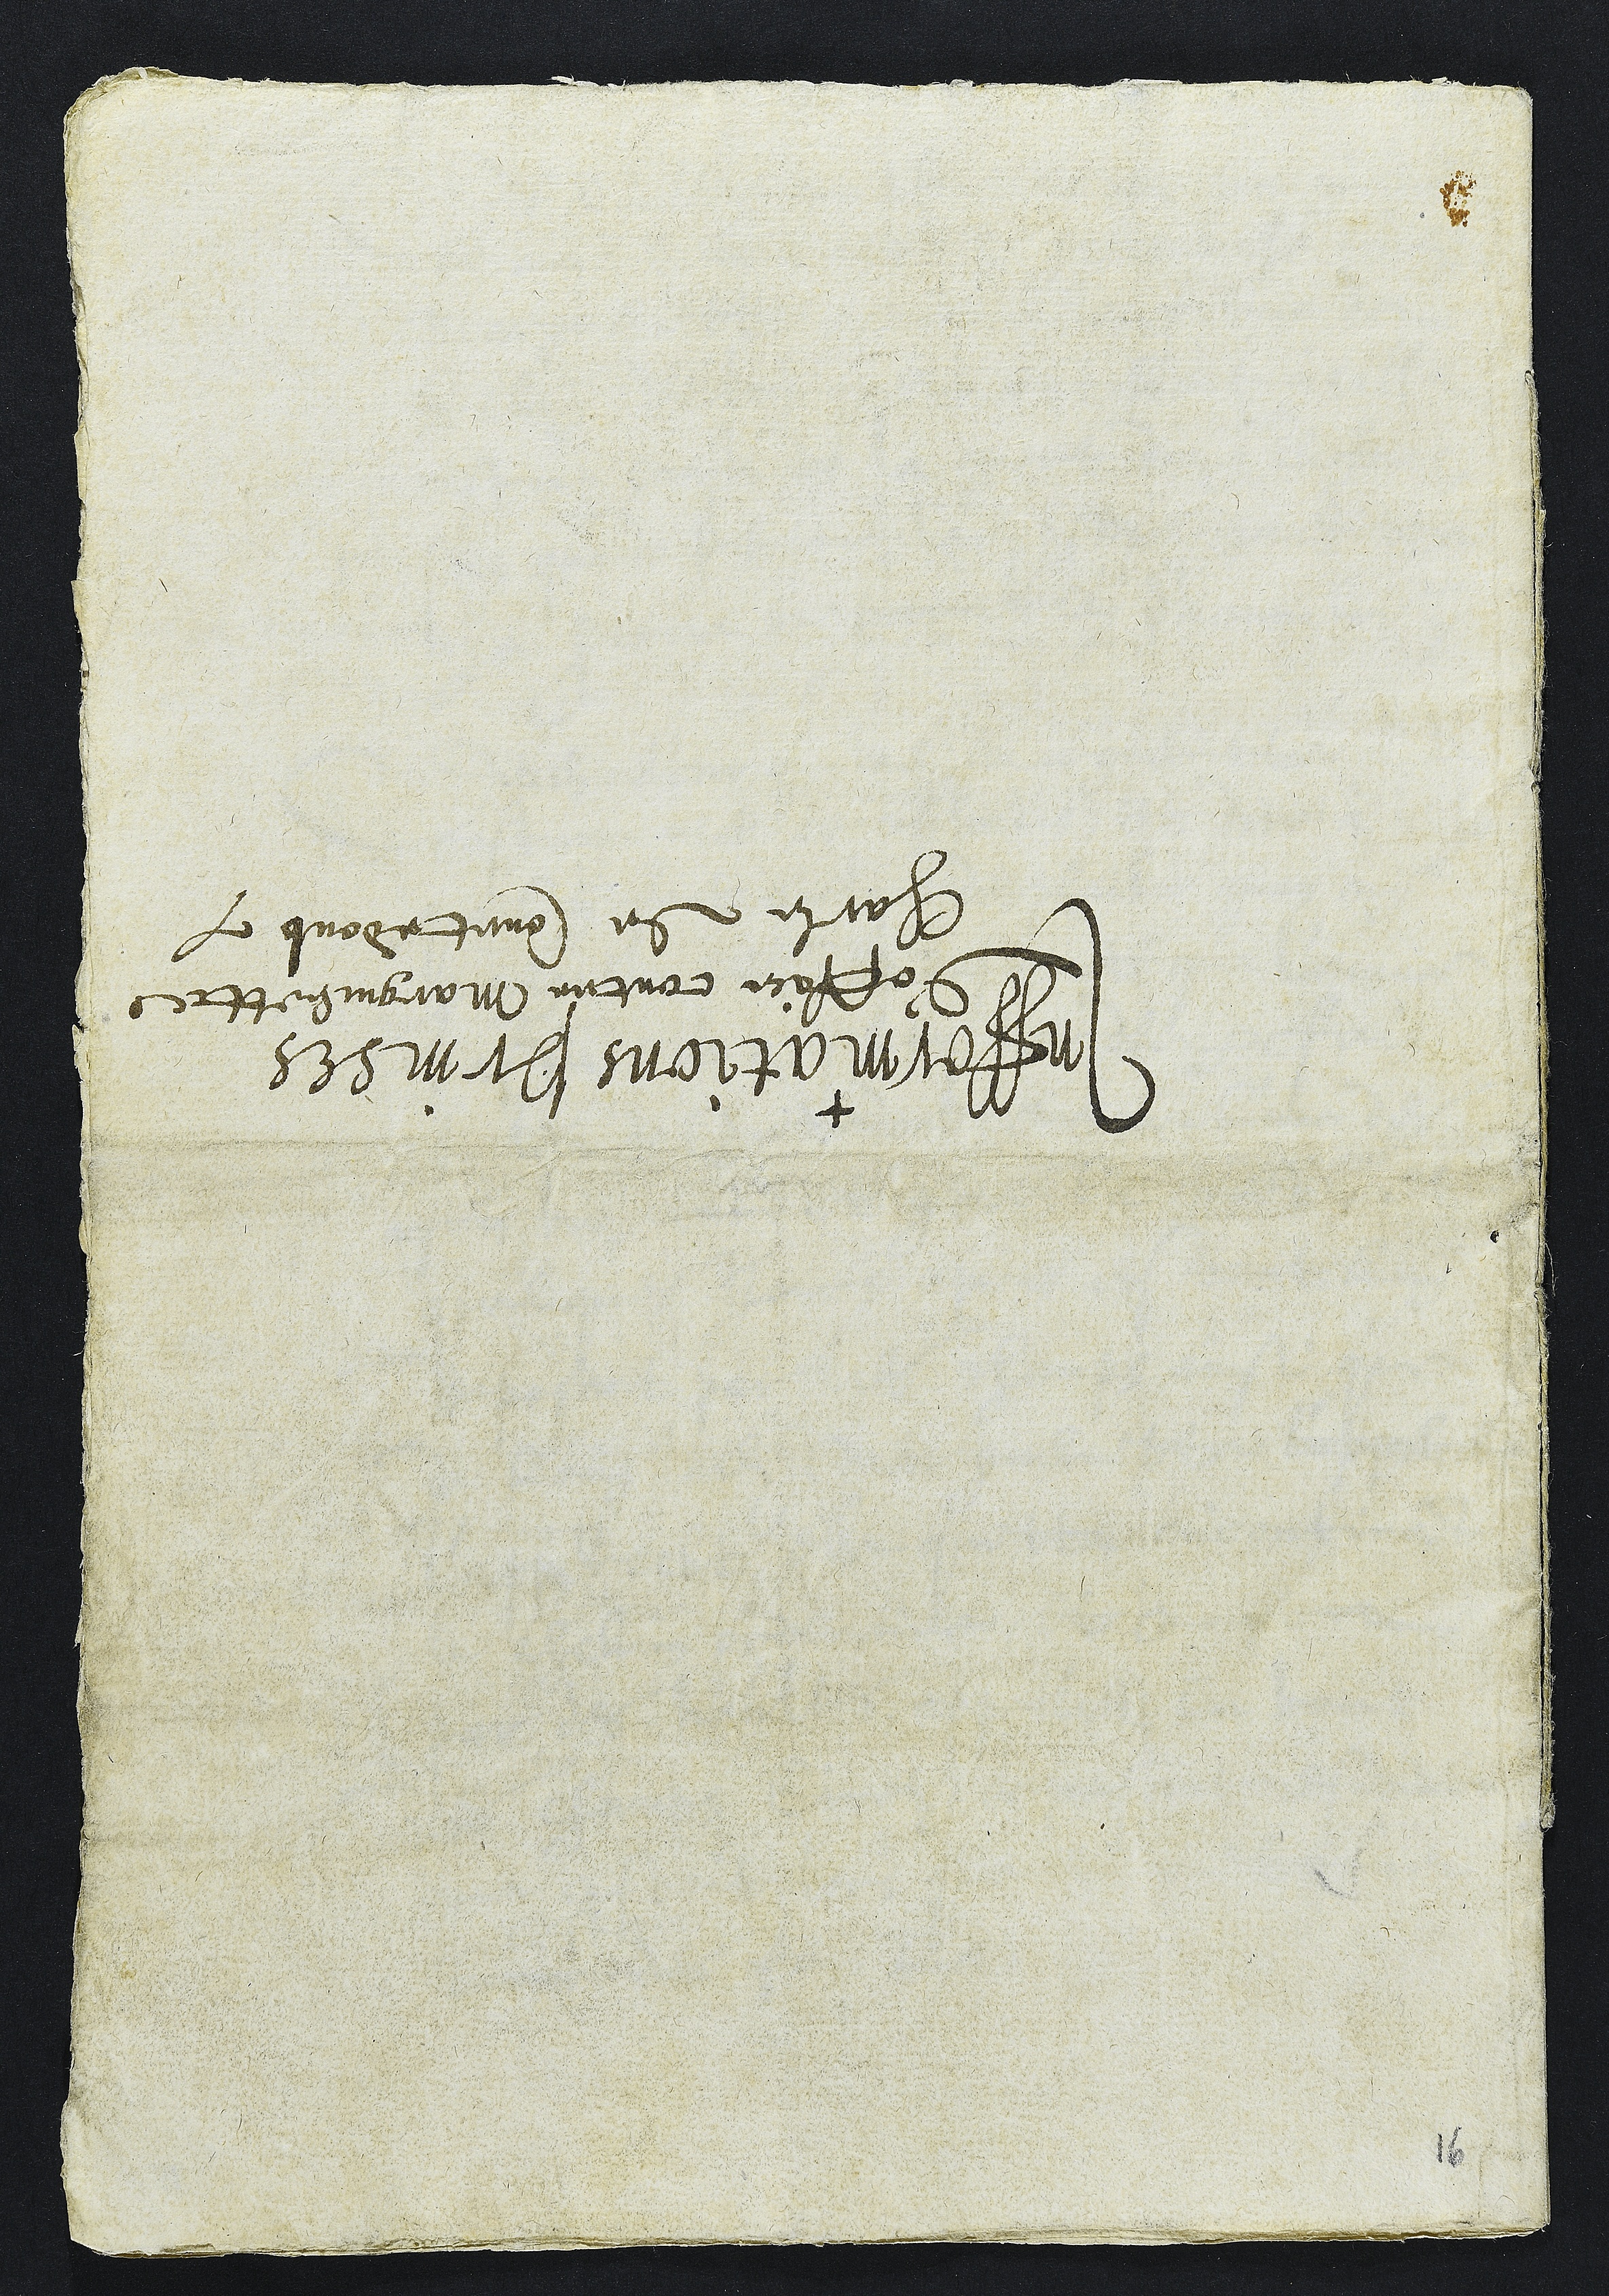
+
Infformations prinses
d'office contre Margueritte
Charle de Courtedoub